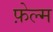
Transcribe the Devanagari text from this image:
फ़ेल्म